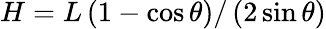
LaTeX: H=L\left(1-\cos\theta\right)/\left(2\sin\theta\right)